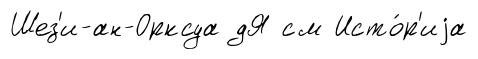
Шез'и-ан-Орксуа дЯ см Исто́р'иjа